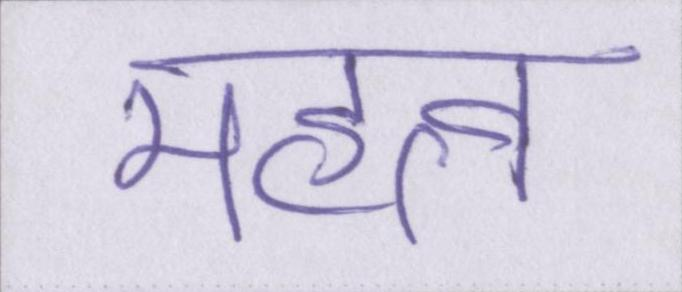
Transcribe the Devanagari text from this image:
महत्व